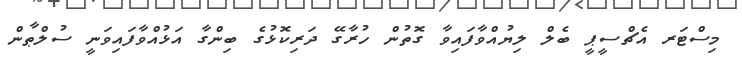
މިސްޓަރ އެޗްސީޕީ ބެލް ލިޔުއްވާފައިވާ ގޮތުން ހުރާގޭ ދަރިކޮޅުގެ ބިންގާ އަޅުއްވާފައިވަނީ ސުލްޠާން